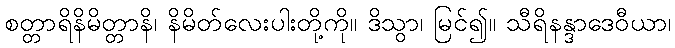
စတ္တာရိနိမိတ္တာနိ၊ နိမိတ်လေးပါးတို့ကို။ ဒိသွာ၊ မြင်၍။ သီရိနန္ဒာဒေဝီယာ၊